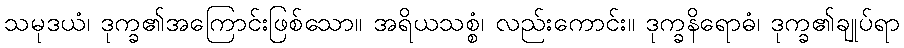
သမုဒယံ၊ ဒုက္ခ၏အကြောင်းဖြစ်သော။ အရိယသစ္စံ၊ လည်းကောင်း။ ဒုက္ခနိရောဓံ၊ ဒုက္ခ၏ချုပ်ရာ